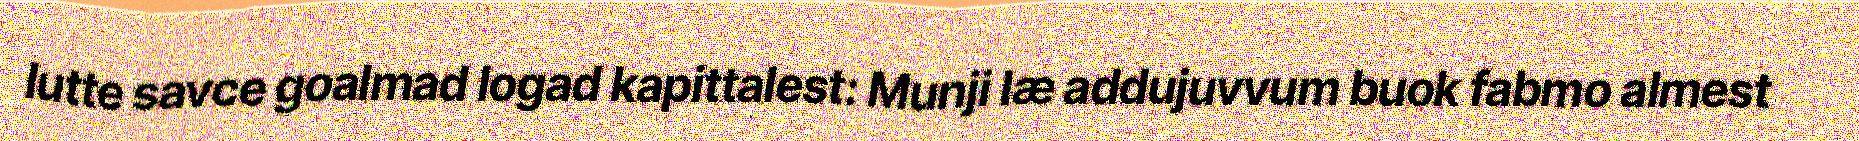
lutte savce goalmad logad kapittalest: Munji læ addujuvvum buok fabmo almest